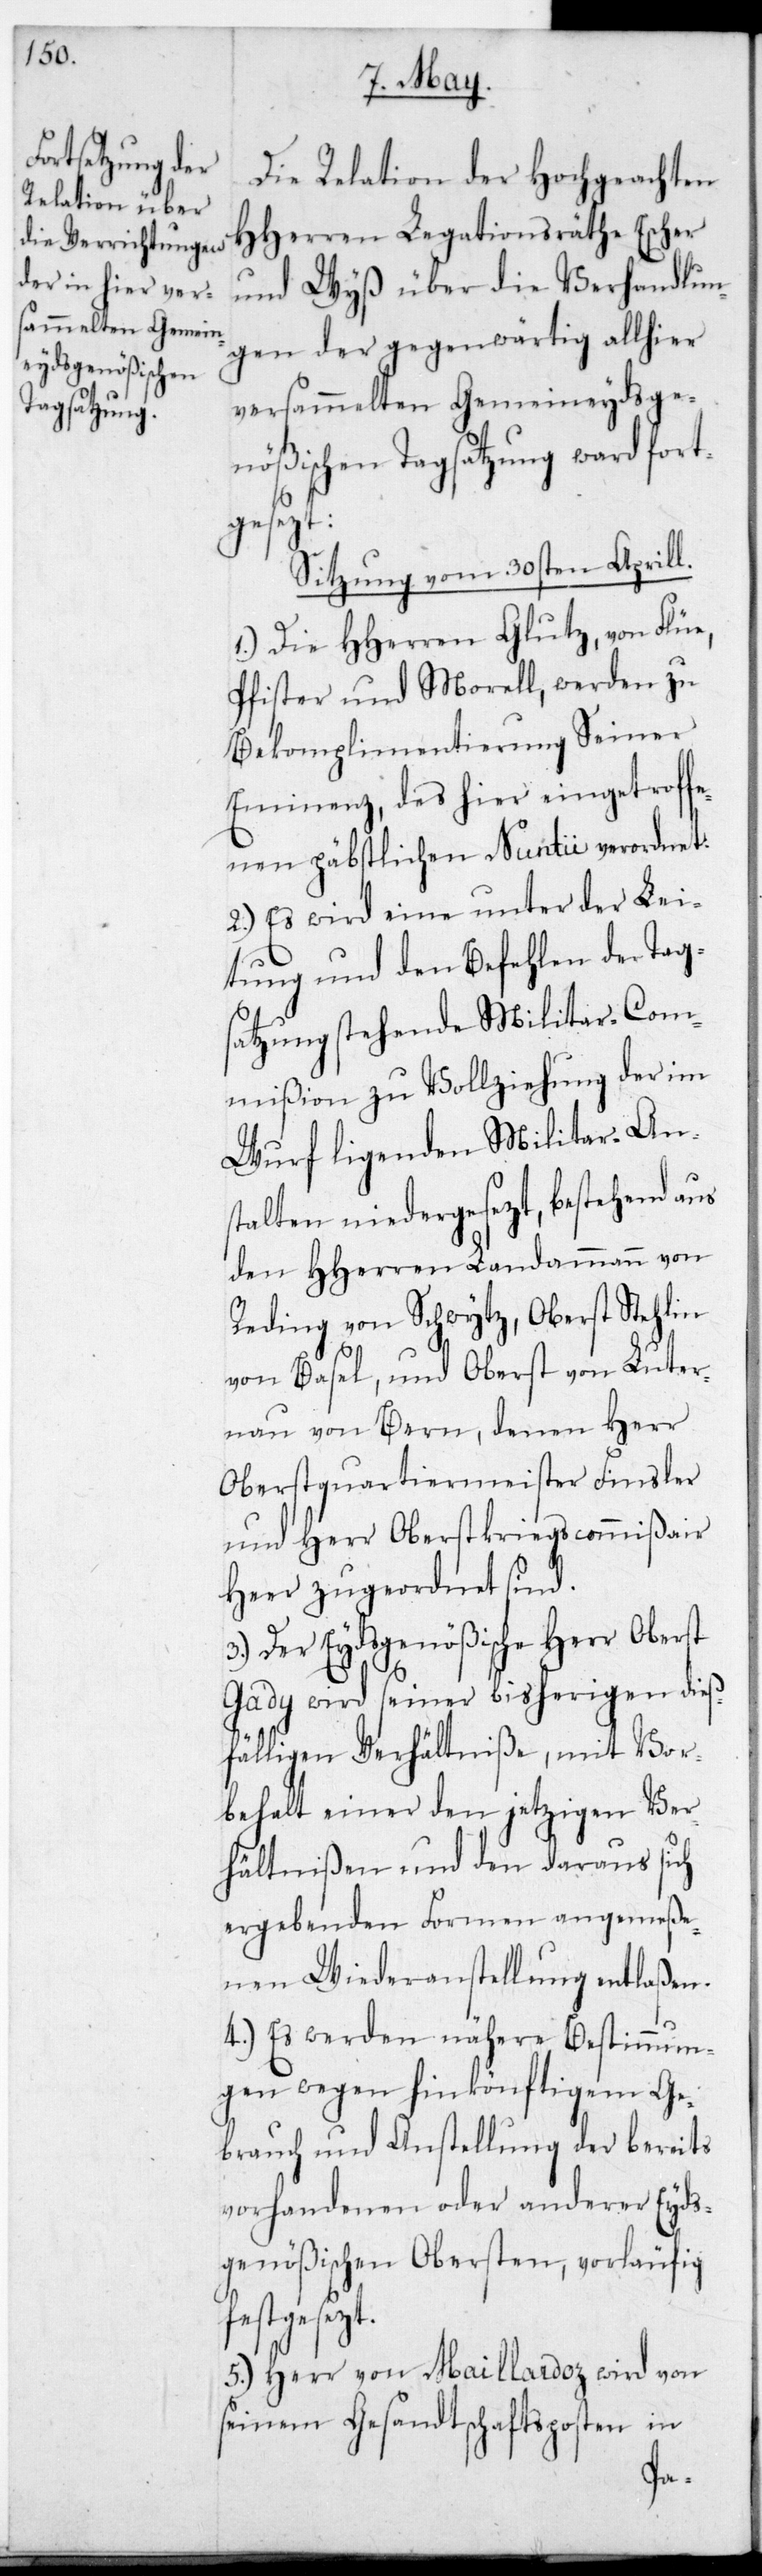
Die Relation der Hochgeachten
HHerren Legationsräthe Escher
und Wyß über die Verhandlun¬
gen der gegenwärtig allhier
versammelten Gemeineydsge¬
nößischen Tagsatzung ward fort¬
gesezt:
Sitzung vom 30sten Aprill.
1.) Die HHerren Glutz, von Flüe,
Pfister und Morell werden zu
Becomplimentierung Sr
Eminenz, des hier eingetroff¬
enen päbstlichen Nuntius verordnet.
2.) Es wird eine unter der Lei¬
tung und den Befehlen der Tag¬
satzung stehende Militar-Com¬
mißion zu Vollziehung der im
Wurf ligenden Militär-Ans¬
talten niedergesezt, bestehend aus
den HHerren Landammann von
Reding von Schwytz, Oberst Stehlin
von Basel und Oberst von Luter¬
nau von Bern, denen Herr
Oberstquartiermeister Finsler
und Herr Oberstkriegscommißair
Heer zugeordnet sind.
3.) Der Eydsgenößische Herr Oberst
Gady wird seiner bisherigen die¬
ßfälligen Verhältniße mit Vor¬
behalt einer den jetzigen Ver¬
hältnißen und den daraus sich
ergebenden Formen angemeße¬
nen Wiederanstellung entlaßen.
4.) Es werden nähere Bestimmun¬
gen wegen hinkönftigem Ge¬
brauch und Anstellung der bereits
vorhandenen oder anderer Eyds¬
genößischen Obersten, vorläufig
festgesezt.
5.) Herr von Maillardoz wird von
seinem Gesandtschaftsposten in